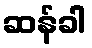
ဆန်ခါ